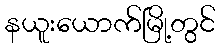
နယူးယောက်မြို့တွင်